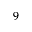
9